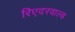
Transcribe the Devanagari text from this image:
रिएदरवाल्ड